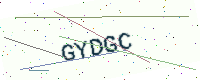
Text: GYDGC